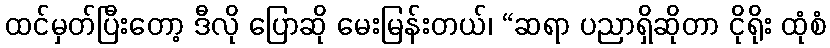
ထင်မှတ်ပြီးတော့ ဒီလို ပြောဆို မေးမြန်းတယ်၊ “ဆရာ ပညာရှိဆိုတာ ငိုရိုး ထုံစံ